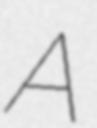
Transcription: A